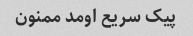
پیک سریع اومد ممنون